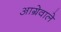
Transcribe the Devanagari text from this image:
आग्रेवाले